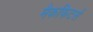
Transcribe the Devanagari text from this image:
मैकफिटर्स